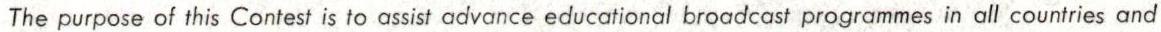
The purpose of this Contest is to assist advance educational broadcast programmes in all countries and